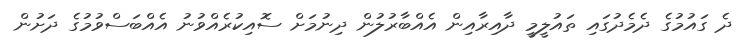
ދެ ގައުމުގެ ދެމެދުގައި ތައުލީމީ ދާއިރާއިން އެއްބާރުލުން ދިނުމަށް ސޮއިކުރެއްވުނު އެއްބަސްވުމުގެ ދަށުން